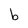
Character: b